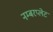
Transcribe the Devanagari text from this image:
नम्बरप्लेट